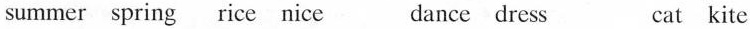
summer spring rice nice dance dress cat kite